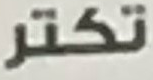
تكتر